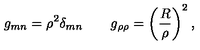
g _ { m n } = \rho ^ { 2 } \delta _ { m n } \qquad g _ { \rho \rho } = \left( { \frac { R } { \rho } } \right) ^ { 2 } ,